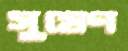
সুষেণ